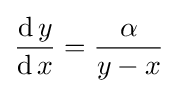
{\frac {\operatorname {d} y}{\operatorname {d} x}}={\frac {\alpha }{y-x}}